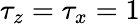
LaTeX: \tau_{z}=\tau_{x}=1